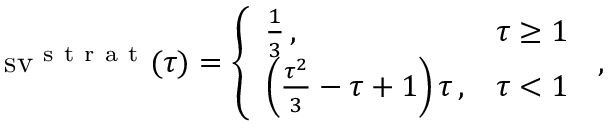
\operatorname { s v } ^ { \mathrm { ~ s ~ t ~ r ~ a ~ t ~ } } ( \tau ) = \left\{ \begin{array} { l l } { \frac 1 3 \, , } & { \tau \geq 1 } \\ { \left( \frac { \tau ^ { 2 } } { 3 } - \tau + 1 \right) \tau \, , } & { \tau < 1 } \end{array} \right. \, ,